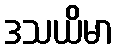
ဒသယိမာ